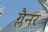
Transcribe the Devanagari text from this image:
ग्लैनर